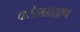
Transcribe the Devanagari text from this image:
क्लेशप्रहाण